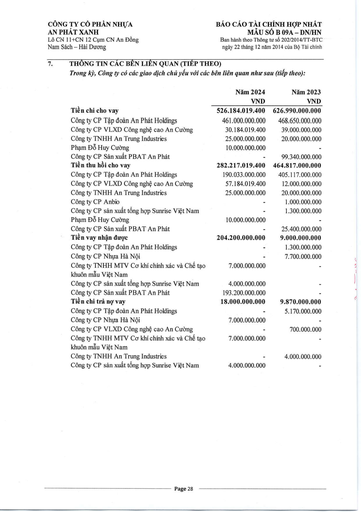
||Năm 2024 VND|Năm 2023 VND| |---|---|---| |Tiền chi cho vay|526.184.019.400|626.990.000.000| |Công ty CP Tập đoàn An Phát Holdings|461.000.000.000|468.650.000.000| |Công ty CP VLXD Công nghệ cao An Cường|30.184.019.400|39.000.000.000| |Công ty TNHH An Trung Industries|25.000.000.000|20.000.000.000| |Phạm Đỗ Huy Cường|10.000.000.000|| |Công ty CP Sản xuất PBAT An Phát|-|99.340.000.000| |Tiền thu hồi cho vay|282.217.019.400|464.817.000.000| |Công ty CP Tập đoàn An Phát Holdings|190.033.000.000|405.117.000.000| |Công ty CP VLXD Công nghệ cao An Cường|57.184.019.400|12.000.000.000| |Công ty TNHH An Trung Industries|25.000.000.000|20.000.000.000| |Công ty CP Anbio|-|1.000.000.000| |Công ty CP Sản xuất Tổng hợp Sunrise Việt Nam|-|1.300.000.000| |Phạm Đỗ Huy Cường|10.000.000.000|| |Công ty CP Sản xuất PBAT An Phát|-|25.400.000.000| |Tiền vay nhận được|204.200.000.000|9.000.000.000| |Công ty CP Tập đoàn An Phát Holdings|-|1.300.000.000| |Công ty CP Nhựa Hà Nội|-|7.700.000.000| |Công ty TNHH MTV Cơ khí Chính xác và Chế tạo|7.000.000.000|-| |Khuôn mẫu Việt Nam||| |Công ty CP Sản xuất Tổng hợp Sunrise Việt Nam|4.000.000.000|-| |Công ty CP Sản xuất PBAT An Phát|193.200.000.000|-| |Tiền chi trả nợ vay|18.000.000.000|9.870.000.000| |Công ty CP Tập đoàn An Phát Holdings|-|5.170.000.000| |Công ty CP Nhựa Hà Nội|7.000.000.000|-| |Công ty CP VLXD Công nghệ cao An Cường|-|700.000.000| |Công ty TNHH MTV Cơ khí Chính xác và Chế tạo Khuôn mẫu Việt Nam|7.000.000.000|-| |Công ty TNHH An Trung Industries|-|4.000.000.000| |Công ty CP Sản xuất Tổng hợp Sunrise Việt Nam|4.000.000.000|-|